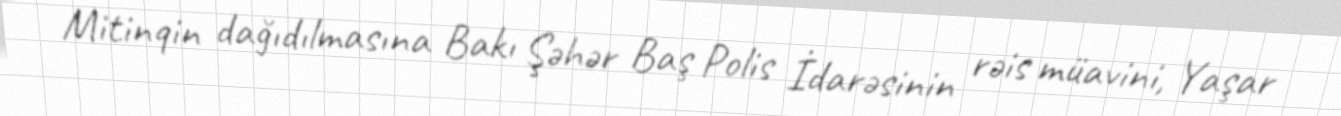
Mitinqin dağıdılmasına Bakı Şəhər Baş Polis İdarəsinin rəis müavini, Yaşar